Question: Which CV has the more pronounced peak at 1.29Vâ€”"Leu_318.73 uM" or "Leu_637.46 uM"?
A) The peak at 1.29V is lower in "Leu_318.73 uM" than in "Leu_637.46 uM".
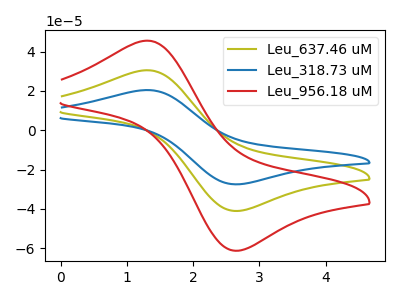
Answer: <think>The olive curve "Leu_637.46 uM" has an anodic peak at (1.30V, 30.50uA) and a cathodic peak at (2.70V, -41.00uA). The blue curve "Leu_318.73 uM" has an anodic peak at (1.30V, 20.45uA) and a cathodic peak at (2.70V, -27.45uA). The red curve "Leu_956.18 uM" has an anodic peak at (1.30V, 61.00uA) and a cathodic peak at (2.70V, -82.00uA).</think>
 <answer>A) The peak at 1.29V is lower in "Leu_318.73 uM" than in "Leu_637.46 uM".</answer>
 <eval>A</eval>